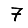
Digit: 7